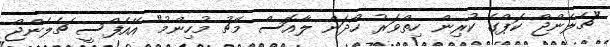
"ޗެލެންޖް ކަޕްގެ ކުރިން ހިތްވަރު ހޯދަން ލާއޮސް މެޗު މުހިންމު" އޭއެފްސީ ޗެލެންޖް